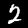
Label: 2